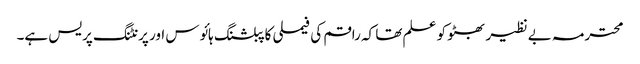
محترمہ بے نظیر بھٹو کو علم تھا کہ راقم کی فیملی کا پبلشنگ ہائوس اور پرنٹنگ پریس ہے۔